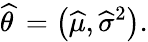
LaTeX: {\widehat{\theta\, }}=\left({\widehat{\mu}},{\widehat{\sigma}}^{2}\right).